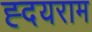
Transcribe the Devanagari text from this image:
ह्दयराम